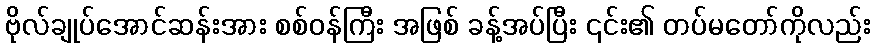
ဗိုလ်ချုပ်အောင်ဆန်းအား စစ်ဝန်ကြီး အဖြစ် ခန့်အပ်ပြီး ၎င်း၏ တပ်မတော်ကိုလည်း